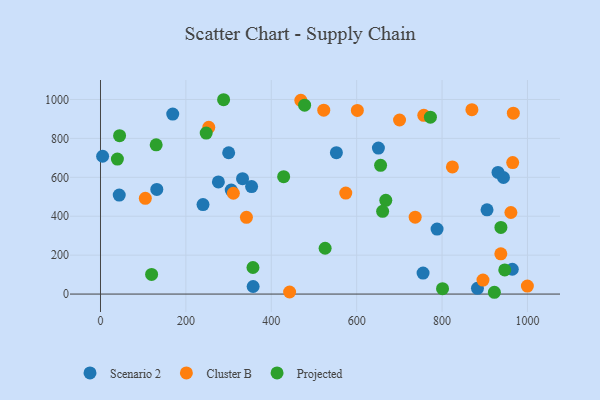
{"axis": {"x": "Experience", "y": "Rating"}, "legend": ["Cluster B", "Projected", "Scenario 2"], "data": [{"x": "931.0", "y": 625.0, "type": "Scenario 2"}, {"x": "357.5", "y": 38.8, "type": "Scenario 2"}, {"x": "306.2", "y": 534.6, "type": "Scenario 2"}, {"x": "552.5", "y": 726.7, "type": "Scenario 2"}, {"x": "650.9", "y": 750.2, "type": "Scenario 2"}, {"x": "5.0", "y": 708.2, "type": "Scenario 2"}, {"x": "964.5", "y": 127.4, "type": "Scenario 2"}, {"x": "905.3", "y": 433.0, "type": "Scenario 2"}, {"x": "788.3", "y": 334.0, "type": "Scenario 2"}, {"x": "755.5", "y": 107.8, "type": "Scenario 2"}, {"x": "131.9", "y": 537.8, "type": "Scenario 2"}, {"x": "943.8", "y": 598.9, "type": "Scenario 2"}, {"x": "332.7", "y": 592.8, "type": "Scenario 2"}, {"x": "276.1", "y": 576.4, "type": "Scenario 2"}, {"x": "169.2", "y": 924.9, "type": "Scenario 2"}, {"x": "43.9", "y": 508.9, "type": "Scenario 2"}, {"x": "300.2", "y": 726.2, "type": "Scenario 2"}, {"x": "882.9", "y": 29.3, "type": "Scenario 2"}, {"x": "240.1", "y": 460.1, "type": "Scenario 2"}, {"x": "353.9", "y": 552.4, "type": "Scenario 2"}, {"x": "700.4", "y": 894.6, "type": "Cluster B"}, {"x": "966.9", "y": 929.4, "type": "Cluster B"}, {"x": "522.9", "y": 945.1, "type": "Cluster B"}, {"x": "341.8", "y": 394.4, "type": "Cluster B"}, {"x": "824.2", "y": 653.4, "type": "Cluster B"}, {"x": "311.2", "y": 518.0, "type": "Cluster B"}, {"x": "737.0", "y": 395.3, "type": "Cluster B"}, {"x": "253.6", "y": 857.1, "type": "Cluster B"}, {"x": "442.9", "y": 10.6, "type": "Cluster B"}, {"x": "895.8", "y": 72.0, "type": "Cluster B"}, {"x": "961.2", "y": 419.2, "type": "Cluster B"}, {"x": "999.8", "y": 41.1, "type": "Cluster B"}, {"x": "105.0", "y": 491.9, "type": "Cluster B"}, {"x": "869.9", "y": 947.6, "type": "Cluster B"}, {"x": "757.2", "y": 918.7, "type": "Cluster B"}, {"x": "965.4", "y": 675.5, "type": "Cluster B"}, {"x": "469.2", "y": 995.7, "type": "Cluster B"}, {"x": "574.5", "y": 518.8, "type": "Cluster B"}, {"x": "937.6", "y": 206.8, "type": "Cluster B"}, {"x": "601.6", "y": 943.8, "type": "Cluster B"}, {"x": "429.0", "y": 603.4, "type": "Projected"}, {"x": "130.4", "y": 766.7, "type": "Projected"}, {"x": "119.7", "y": 100.7, "type": "Projected"}, {"x": "44.7", "y": 813.8, "type": "Projected"}, {"x": "801.1", "y": 27.6, "type": "Projected"}, {"x": "478.1", "y": 970.9, "type": "Projected"}, {"x": "668.2", "y": 481.7, "type": "Projected"}, {"x": "937.8", "y": 342.7, "type": "Projected"}, {"x": "660.8", "y": 425.3, "type": "Projected"}, {"x": "656.0", "y": 661.7, "type": "Projected"}, {"x": "357.1", "y": 136.4, "type": "Projected"}, {"x": "922.5", "y": 9.2, "type": "Projected"}, {"x": "772.7", "y": 909.2, "type": "Projected"}, {"x": "247.6", "y": 827.4, "type": "Projected"}, {"x": "288.3", "y": 998.7, "type": "Projected"}, {"x": "946.8", "y": 124.0, "type": "Projected"}, {"x": "39.6", "y": 693.6, "type": "Projected"}, {"x": "526.1", "y": 235.5, "type": "Projected"}]}